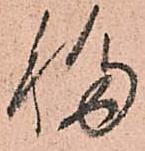
移